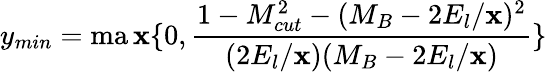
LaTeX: y_{min}=\operatorname*{ma\mathbf{x}}\{ 0,\frac{{1-M_{cut}^{2}-(M_{B}-2E_{l}/\mathbf{x})^{2}}}{{(2E_{l}/\mathbf{x})(M_{B}-2E_{l}/\mathbf{x})}}\}